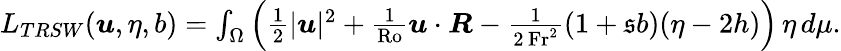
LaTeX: \begin{array}{r}{L_{TRSW}(\boldsymbol{u},\eta,b)=\int_{\Omega}\left(\frac{1}{2}|\boldsymbol{u}|^{2}+\frac{1}{\mathrm{Ro}}\boldsymbol{u}\cdot\boldsymbol{R}-\frac{1}{2\, \mathrm{Fr}^{2}}(1+\mathfrak{s}b)(\eta-2h)\right)\, \eta\, d\mu.}\end{array}